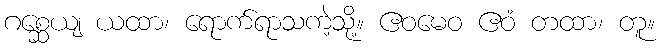
ဂစ္ဆေယျ ယထာ၊ ရောက်ရာသကဲ့သို့။ ဧဝမေဝ ဧဝံ တထာ၊ တူ။